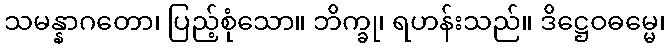
သမန္နာဂတော၊ ပြည့်စုံသော။ ဘိက္ခု၊ ရဟန်းသည်။ ဒိဋ္ဌေဝဓမ္မေ၊